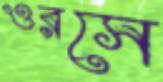
ওরসে